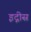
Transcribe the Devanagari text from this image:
इद्गीस